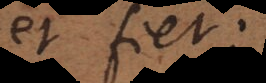
et fiet: